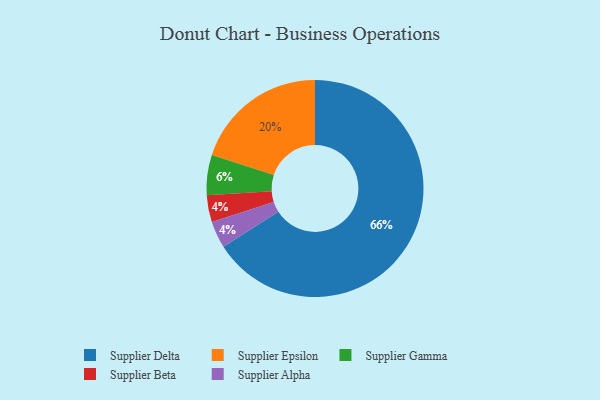
{"axis": {"x": "Category", "y": "Percentage"}, "legend": ["Supplier Alpha", "Supplier Beta", "Supplier Delta", "Supplier Epsilon", "Supplier Gamma"], "data": [{"x": "Supplier Beta", "y": 4, "type": "Supplier Beta"}, {"x": "Supplier Delta", "y": 66, "type": "Supplier Delta"}, {"x": "Supplier Gamma", "y": 6, "type": "Supplier Gamma"}, {"x": "Supplier Epsilon", "y": 20, "type": "Supplier Epsilon"}, {"x": "Supplier Alpha", "y": 4, "type": "Supplier Alpha"}]}